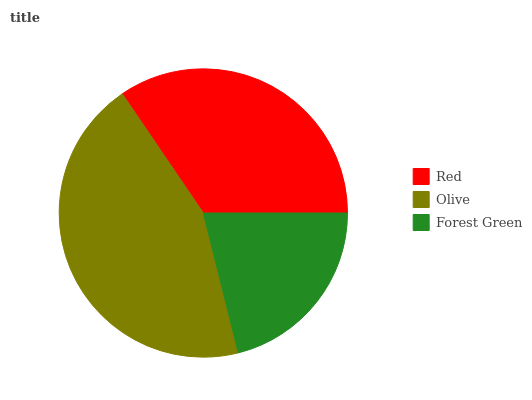
| Red | Olive | Forest Green |
 | --- | --- | --- |
 | 34.5% | 44.4% | 21.1% |